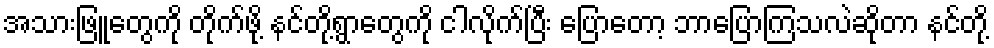
အသားဖြူတွေကို တိုက်ဖို့ နင်တို့ရွာတွေကို ငါလိုက်ပြီး ပြောတော့ ဘာပြောကြသလဲဆိုတာ နင်တို့